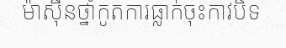
ម៉ាស៊ីនថ្នាំកូតការធ្លាក់ចុះកាវបិទ